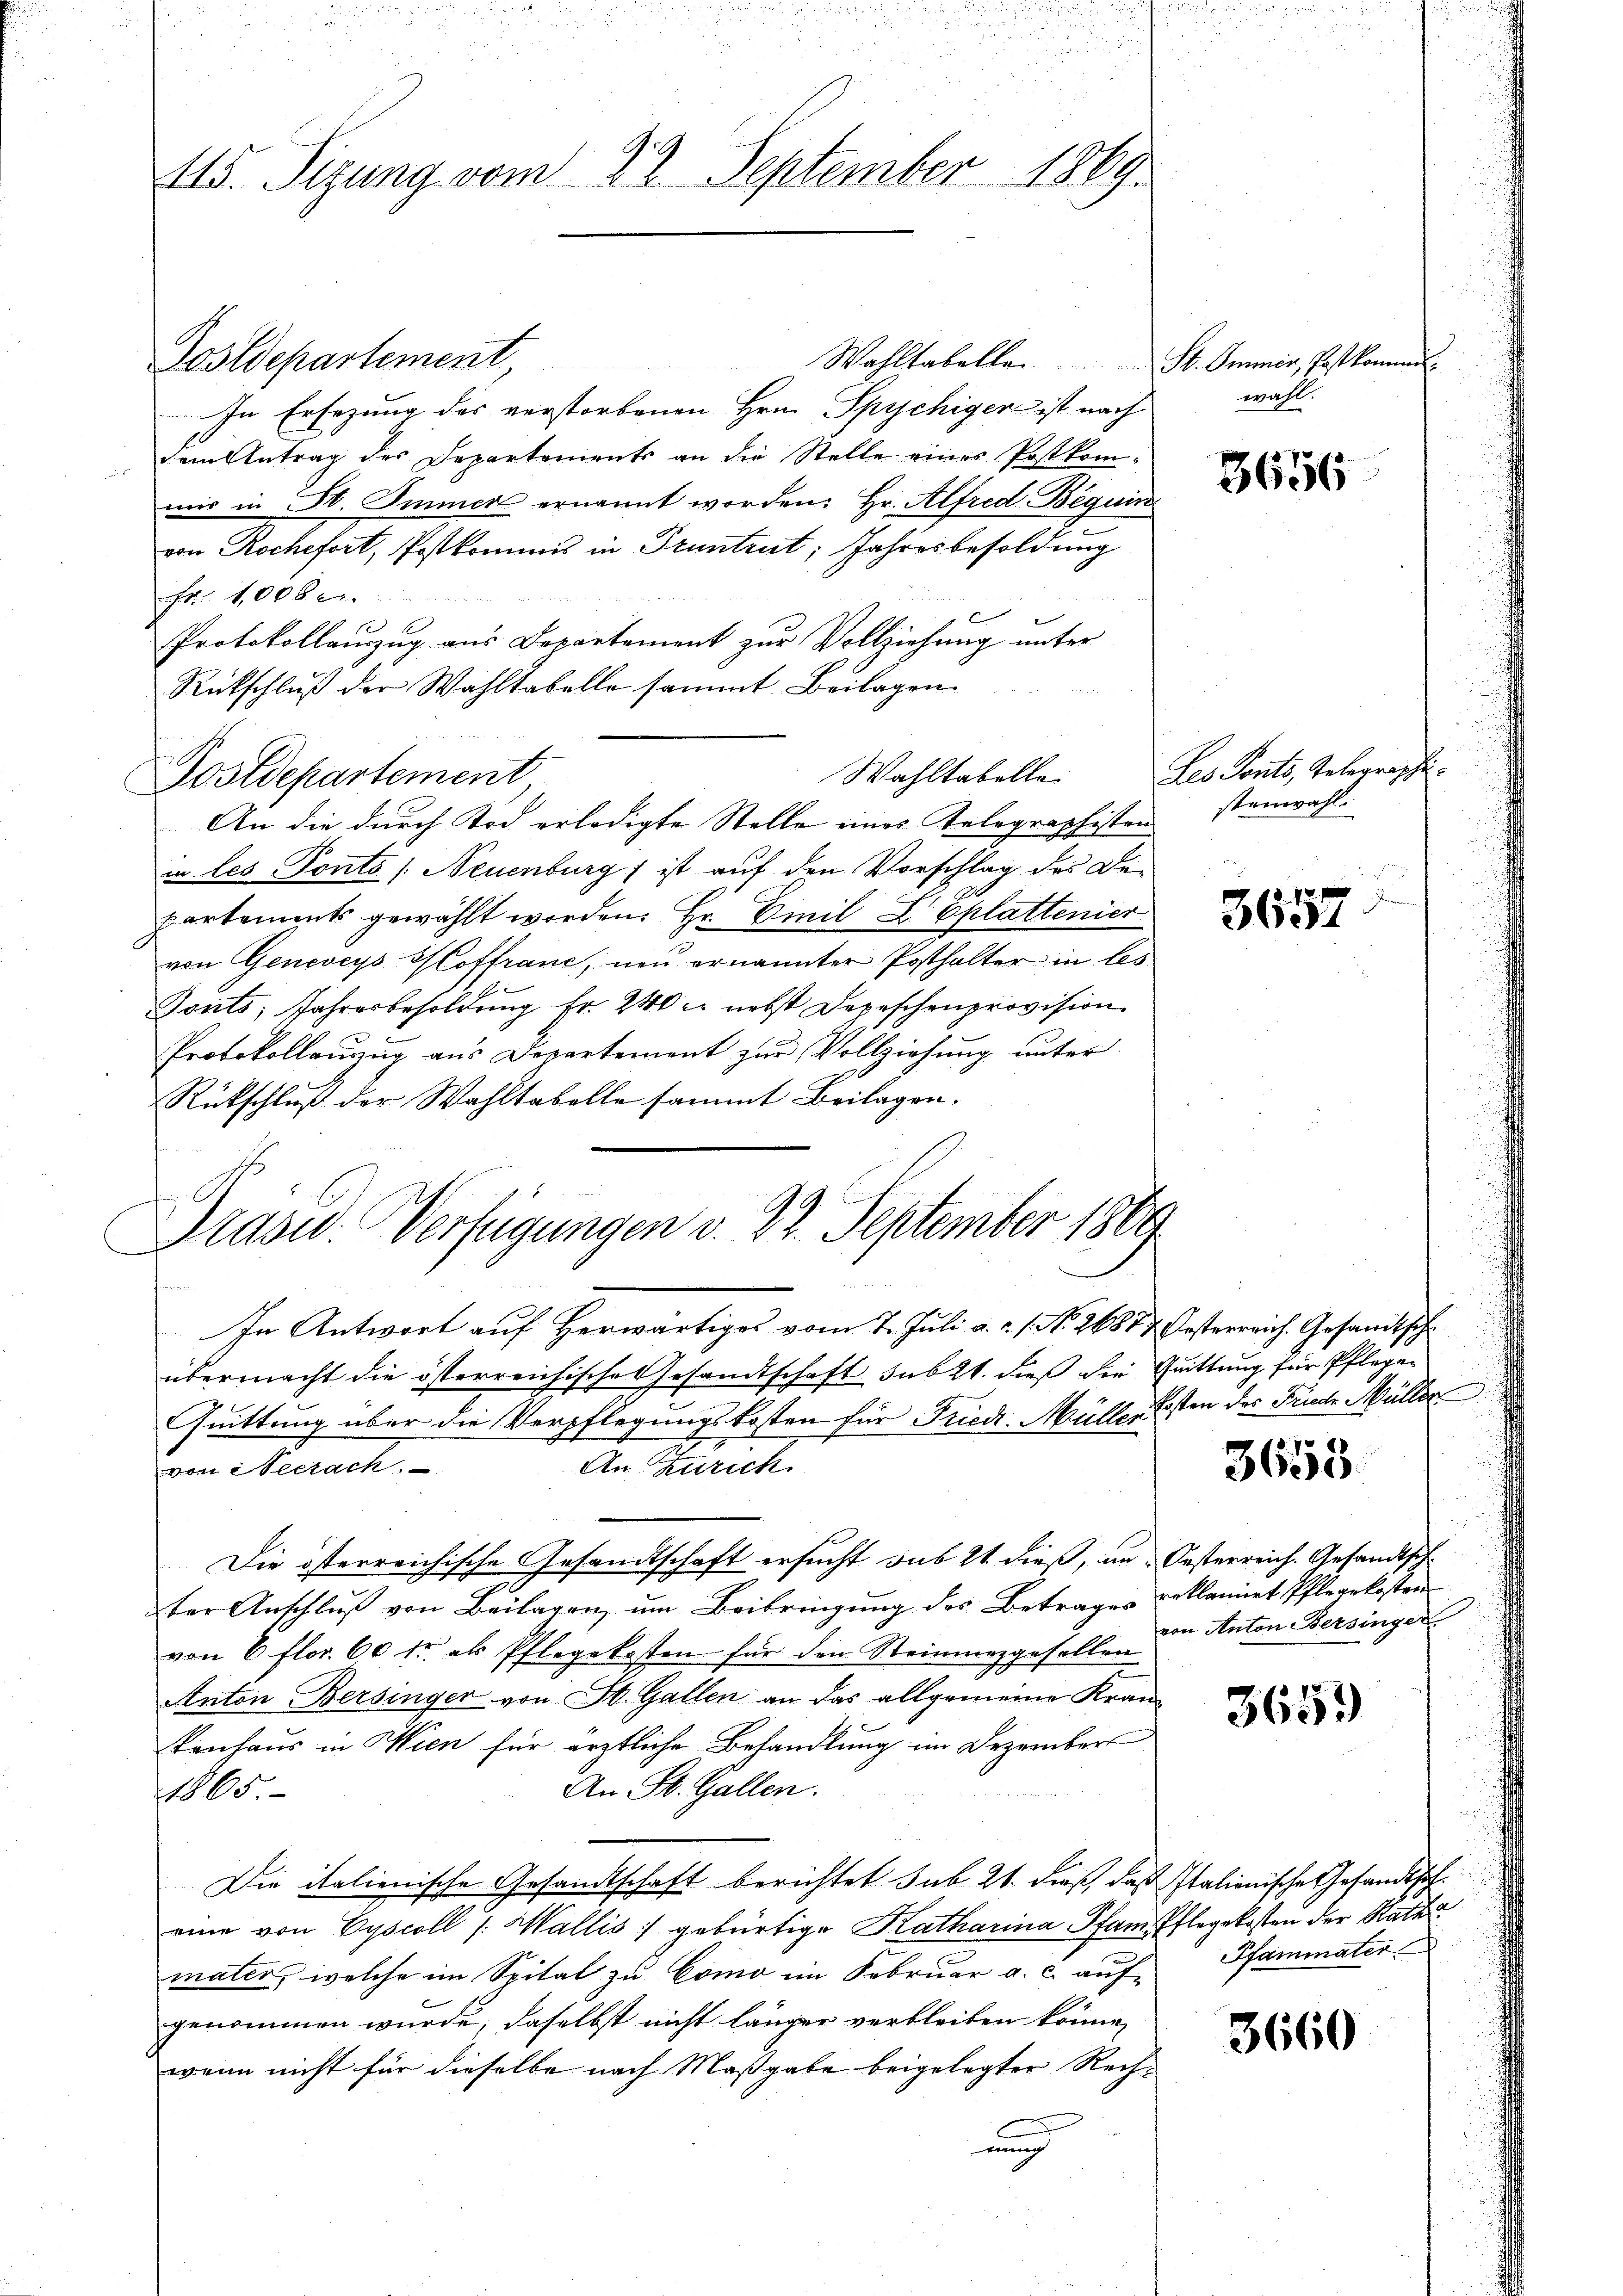
115. Sizung vom 22. September 1869

Postdepartement, Wahltabelle St. Ommer, Postkomm
In Ersezung des verstorbenen Hrn. Spychiger ist nach
Dem Antrag des Departements an die Stelle eines Postkommir in St. Immer ernannt worden: Hr. Alfred Beguin
von Rochefort, Postkommis in Truntrut; Jahresbesoldung
Fr. 1006 c.
Protokollauszug aus Departement zur Vollziehung unter
Rückschluß der Wahltabelle sammt Beilagen
Wahltabelle
 An die durch Tod erledigte Stelle eines Telegraphisten
in les Ponto /: Neuenburg ist auf den Vorschlag des De-
partements gewählt worden. Hr. Emil Z Eplattenier
von Geneveys Hoffrane, neu ernannter Posthalter in les
Tonts, Jahresbesoldung Fr. 240 er nebst Depeschenprovision.
Protokollaŭzŭg ans Departement zŭr Vollziehŭng ŭnter
Rückschluß der Wahltabelle sammt Beilagen.
In Antwort auf Herwärtiges vom 7. Juli a.c. s. No. 26882 Österreich. Gesandtsche
übermacht die österreichische Gesandtschaft sub 21. dieß der Quittung für Pflega¬
Quittung über die Verpflegungskosten für Fried Müller Ersten der Friede Müller
An Zürich
von Sectach
Die österreichische Gesandtschaft ersucht sub 21 dieß, in Oesterreich. Gesandtsch
ter Anschluß von Beilagen, um Beibringung des Betrages Beklamiet Pflegekosten
von 6 flor 60 fr. als Pflegekosten für den Steinmezgesellen
Anton Bersinger von St. Gallen an das allgemeine Kran-
kenhaus in Wien für ärztliche Behandlung im Dezember
An St. Gallen.
1865.
Die italienische Gesandtschaft berichtet sub 21. dieß, daß Italienische Gesandtscheine von Vyscoll /: Wallis :/ gebürtige Katharina Pfand Pflegekosten der Rath
mater, welche im Spital zu Como im Februar a. c. auf-
genommen wurde, daselbst nicht länger verbleiben könne,
wenn nicht für dieselbe nach Maßgabe beigelegter Rech-
auch

Postdepartement,

Präsid.. Verfügungen v. 22. September 1889

wahl.

3656

Les Ponts, Gelegraphistenwahl.

3657

3653

von Anton Bersinger

3659

Pfammater

3660